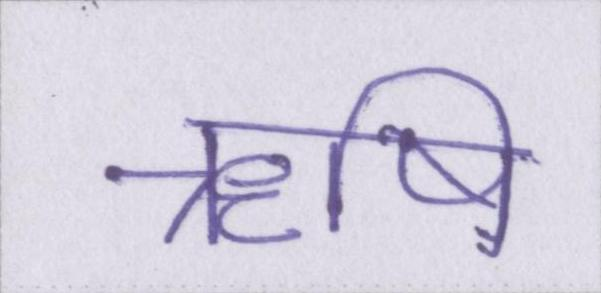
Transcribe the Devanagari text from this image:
ॠषि